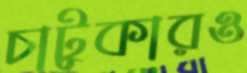
চাটুকারও